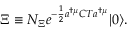
\Xi \equiv { \cal N } _ { \Xi } e ^ { - \frac { 1 } { 2 } a ^ { \dagger \mu } C T a ^ { \dagger \mu } } | 0 \rangle .